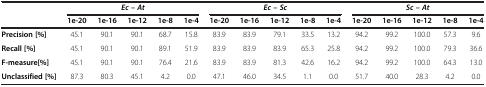
<table><thead><tr><td rowspan="2"><b> </b></td><td colspan="5"><b><i>Ec </i>– <i>At</i></b></td><td colspan="5"><b><i>Ec </i>– <i>Sc</i></b></td><td colspan="5"><b><i>Sc </i>– <i>At</i></b></td></tr><tr><td><b>1e-20</b></td><td><b>1e-16</b></td><td><b>1e-12</b></td><td><b>1e-8</b></td><td><b>1e-4</b></td><td><b>1e-20</b></td><td><b>1e-16</b></td><td><b>1e-12</b></td><td><b>1e-8</b></td><td><b>1e-4</b></td><td><b>1e-20</b></td><td><b>1e-16</b></td><td><b>1e-12</b></td><td><b>1e-8</b></td><td><b>1e-4</b></td></tr></thead><tbody><tr><td><b>Precision [%]</b></td><td>45.1</td><td>90.1</td><td>90.1</td><td>68.7</td><td>15.8</td><td>83.9</td><td>83.9</td><td>79.1</td><td>33.5</td><td>13.2</td><td>94.2</td><td>99.2</td><td>100.0</td><td>57.3</td><td>9.6</td></tr><tr><td><b>Recall [%]</b></td><td>45.1</td><td>90.1</td><td>90.1</td><td>89.1</td><td>51.9</td><td>83.9</td><td>83.9</td><td>83.9</td><td>65.3</td><td>25.8</td><td>94.2</td><td>99.2</td><td>100.0</td><td>79.3</td><td>36.6</td></tr><tr><td><b>F-measure[%]</b></td><td>45.1</td><td>90.1</td><td>90.1</td><td>76.4</td><td>21.6</td><td>83.9</td><td>83.9</td><td>81.3</td><td>42.6</td><td>16.2</td><td>94.2</td><td>99.2</td><td>100.0</td><td>64.3</td><td>13.0</td></tr><tr><td><b>Unclassified [%]</b></td><td>87.3</td><td>80.3</td><td>45.1</td><td>4.2</td><td>0.0</td><td>47.1</td><td>46.0</td><td>34.5</td><td>1.1</td><td>0.0</td><td>51.7</td><td>40.0</td><td>28.3</td><td>4.2</td><td>0.0</td></tr></tbody></table>